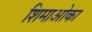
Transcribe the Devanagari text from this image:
शिमाओका